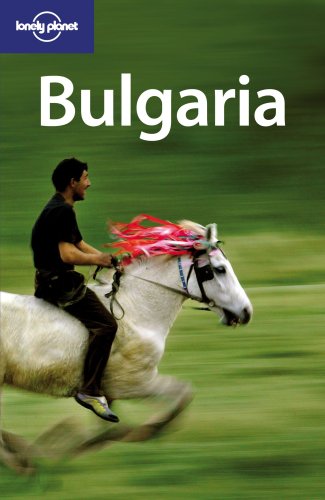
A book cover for Lonely Planet Bulgaria (Country Travel Guide); Richard Watkins; Travel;